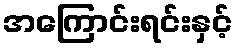
အကြောင်းရင်းနှင့်